Civil Veterinary Department Bihar reports 1940-50 - 1940-1950
Year: 1940
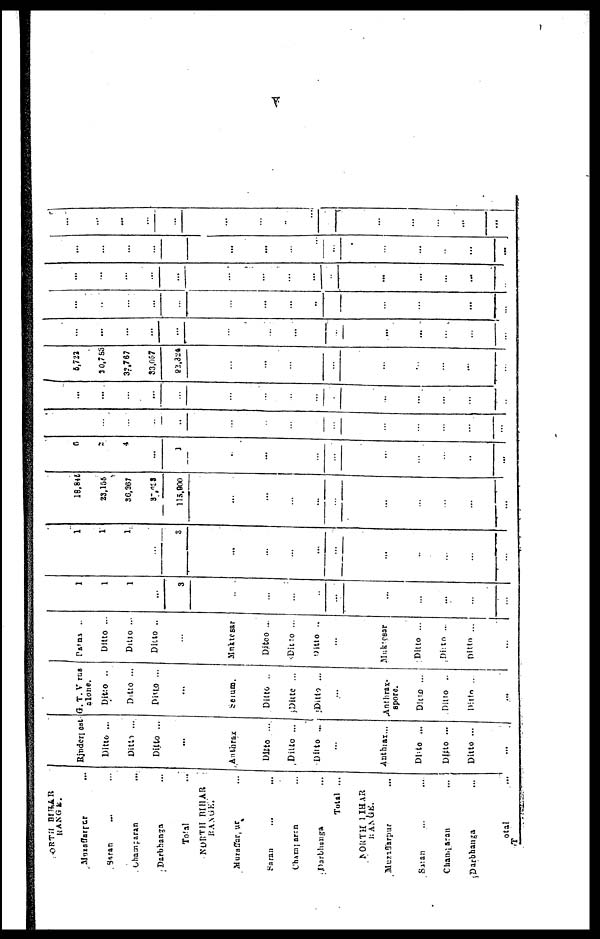
V
NORTH BIHAR
RANGE.
Muzaffarpur ...
Saran ... ...
Champaran ...
Total ...
NORTH BIHAR
RANGE.
Muzaffarpur ...
Saran ... ...
Champaran ...
Darbhunga ...
Total ...
NORTH BIHAR
RANGE.
Muzaffarpur ...
Saran ... ...
Champaran ...
Darbhanga ...
Total ...
Rinderpest
Ditto ...
Dittio ...
Ditto ...
...
Anthrax
Ditto ...
Ditto ...
Ditto ...
...
Anthrax...
Ditto ...
Ditto ...
Ditto ...
...
G.T. V rus
alone.
Ditto ..
Ditto ...
Ditto ...
...
Serum.
Ditto ..
Ditte ...
Ditto ...
...
Anthrax-
spore.
Ditto ...
Ditto ..
Ditto ..
...
Patna ..
Ditto ...
Ditto ...
Ditto ..
...
Mnktesar
Ditto ...
Ditto ...
Ditto ..
...
Muktesar
Ditto ...
Ditto ...
Ditto ...
...
1
1
1
...
3
...
...
...
...
...
...
...
...
...
...
1
1
...
...
5
...
...
...
...
...
...
...
...
...
...
18,845
23,156
36,367
37,033
115,900
....
...
...
...
...
...
...
...
...
...
5
2
4
...
1
...
...
...
...
...
...
...
...
...
...
...
...
...
...
...
...
...
...
...
...
...
...
...
...
...
...
...
...
...
...
...
...
...
...
...
...
...
...
...
...
5,722
30,783
32,767
33,057
22,324
...
...
...
...
...
...
...
...
...
...
...
...
...
...
...
...
...
...
...
...
...
...
...
...
...
...
...
...
...
...
...
...
...
...
...
...
...
...
...
...
...
...
...
...
...
...
...
...
...
...
...
...
...
...
...
...
...
...
...
...
...
...
...
...
...
...
...
...
...
...
...
...
...
...
...
...
...
...
...
...
...
...
...
...
...